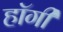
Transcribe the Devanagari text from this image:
हॉगी